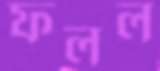
ফলল